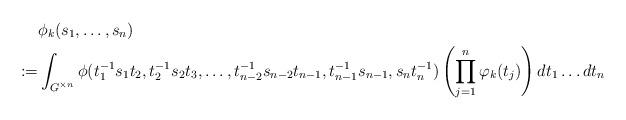
LaTeX: \begin{align*}& \phi_k(s_1, \ldots, s_n) \\ := & \int_{G^{\times n}} \phi(t_1^{-1} s_1 t_2, t_2^{-1} s_2 t_3, \ldots , t_{n-2}^{-1} s_{n-2} t_{n-1} , t_{n-1}^{-1} s_{n-1}, s_n t_{n}^{-1} ) \left( \prod_{j=1}^{n} \varphi_k(t_j) \right) dt_1 \ldots dt_n \end{align*}